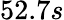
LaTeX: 52.7s